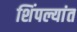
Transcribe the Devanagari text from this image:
शिंपल्यांत